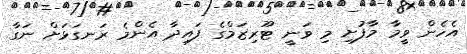
އެހެން ވީމާ މާފުށި މި ވަނީ ޓޫރިޒަމްގެ ފައިދާ އެންމެ ރަނގަޅަށް ނަގާ